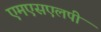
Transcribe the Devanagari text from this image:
एमएसएलपी